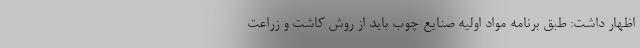
اظهار داشت: طبق برنامه مواد اولیه صنایع چوب‌ باید از روش کاشت و زراعت